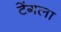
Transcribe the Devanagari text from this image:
टेंगला